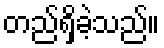
တည်ရှိခဲ့သည်။